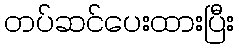
တပ်ဆင်ပေးထားပြီး